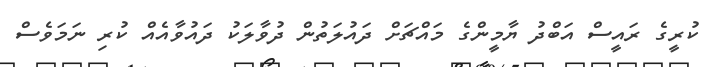
ކުރީގެ ރައީސް އަބްދު ޔާމީންގެ މައްޗަށް ދައުލަތުން ދުވާލަކު ދައުވާއެއް ކުރި ނަމަވެސް